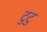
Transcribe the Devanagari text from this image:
टुटु